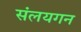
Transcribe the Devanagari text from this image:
संलयगन